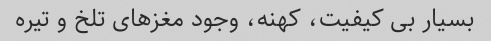
بسیار بی کیفیت، کهنه، وجود مغزهای تلخ و تیره